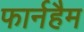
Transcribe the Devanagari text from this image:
फार्नहैम